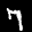
Label: 7